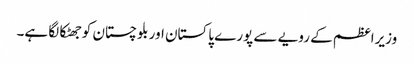
وزیراعظم کے رویے سے پورے پاکستان اور بلوچستان کوجھٹکا لگا ہے۔